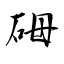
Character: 砪